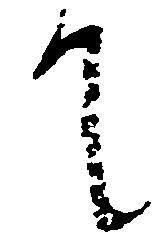
て